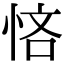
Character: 悋